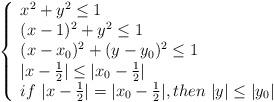
LaTeX: \begin{align*}\left\{\begin{array}{ll} x^2+y^2\le 1\\ (x-1)^2+y^2\le 1\\ (x-x_{0})^2+(y-y_{0})^2\le 1\\ |x-\frac{1}{2}|\le |x_{0}-\frac{1}{2}|\\ if\ |x-\frac{1}{2}|=|x_{0}-\frac{1}{2}|,then\ |y|\le |y_{0}|\\\end{array}\right.\end{align*}